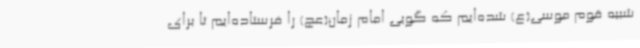
شبیه قوم موسی(ع) شده‌ایم که گویی امام زمان(عج) را فرستاده‌ایم تا برای